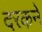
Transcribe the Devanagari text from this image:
दरकने